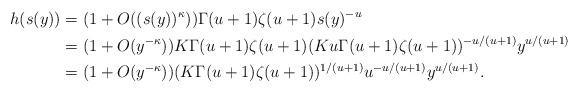
LaTeX: \begin{align*} h(s(y)) & = (1+O((s(y))^{\kappa})) \Gamma(u+1) \zeta(u+1) s(y)^{-u}\\& = (1+O(y^{-\kappa}))K \Gamma(u+1) \zeta(u+1)(Ku\Gamma(u+1)\zeta(u+1))^{-u/(u+1)}y^{u/(u+1)}\\& = (1+O(y^{-\kappa}))(K \Gamma(u+1) \zeta(u+1))^{1/(u+1)}u^{-u/(u+1)}y^{u/(u+1)}.\end{align*}